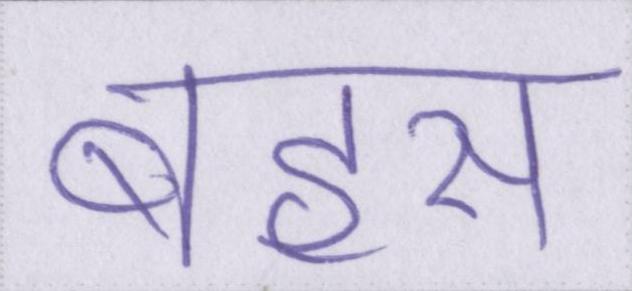
बहस